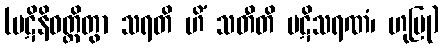
(ပဋိနိဝတ္တိတွာ သရတိ ဟိံ သတီတိ ပဋိသရဏံ၊ ဟုပြု)